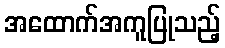
အထောက်အကူပြုသည့်